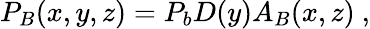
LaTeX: P_{B}(x,y,z)=P_{b}D(y)A_{B}(x,z)~,